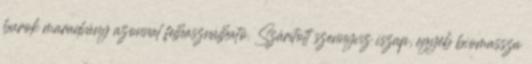
burok maradvány azonnal felhasználható. Szárított szennyvíz iszap, egyéb biomassza